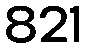
821